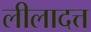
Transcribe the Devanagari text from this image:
लीलादत्त